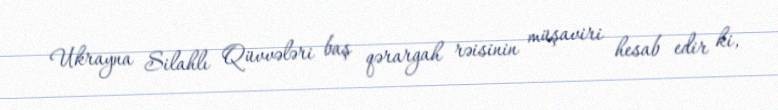
Ukrayna Silahlı Qüvvələri baş qərargah rəisinin müşaviri hesab edir ki,